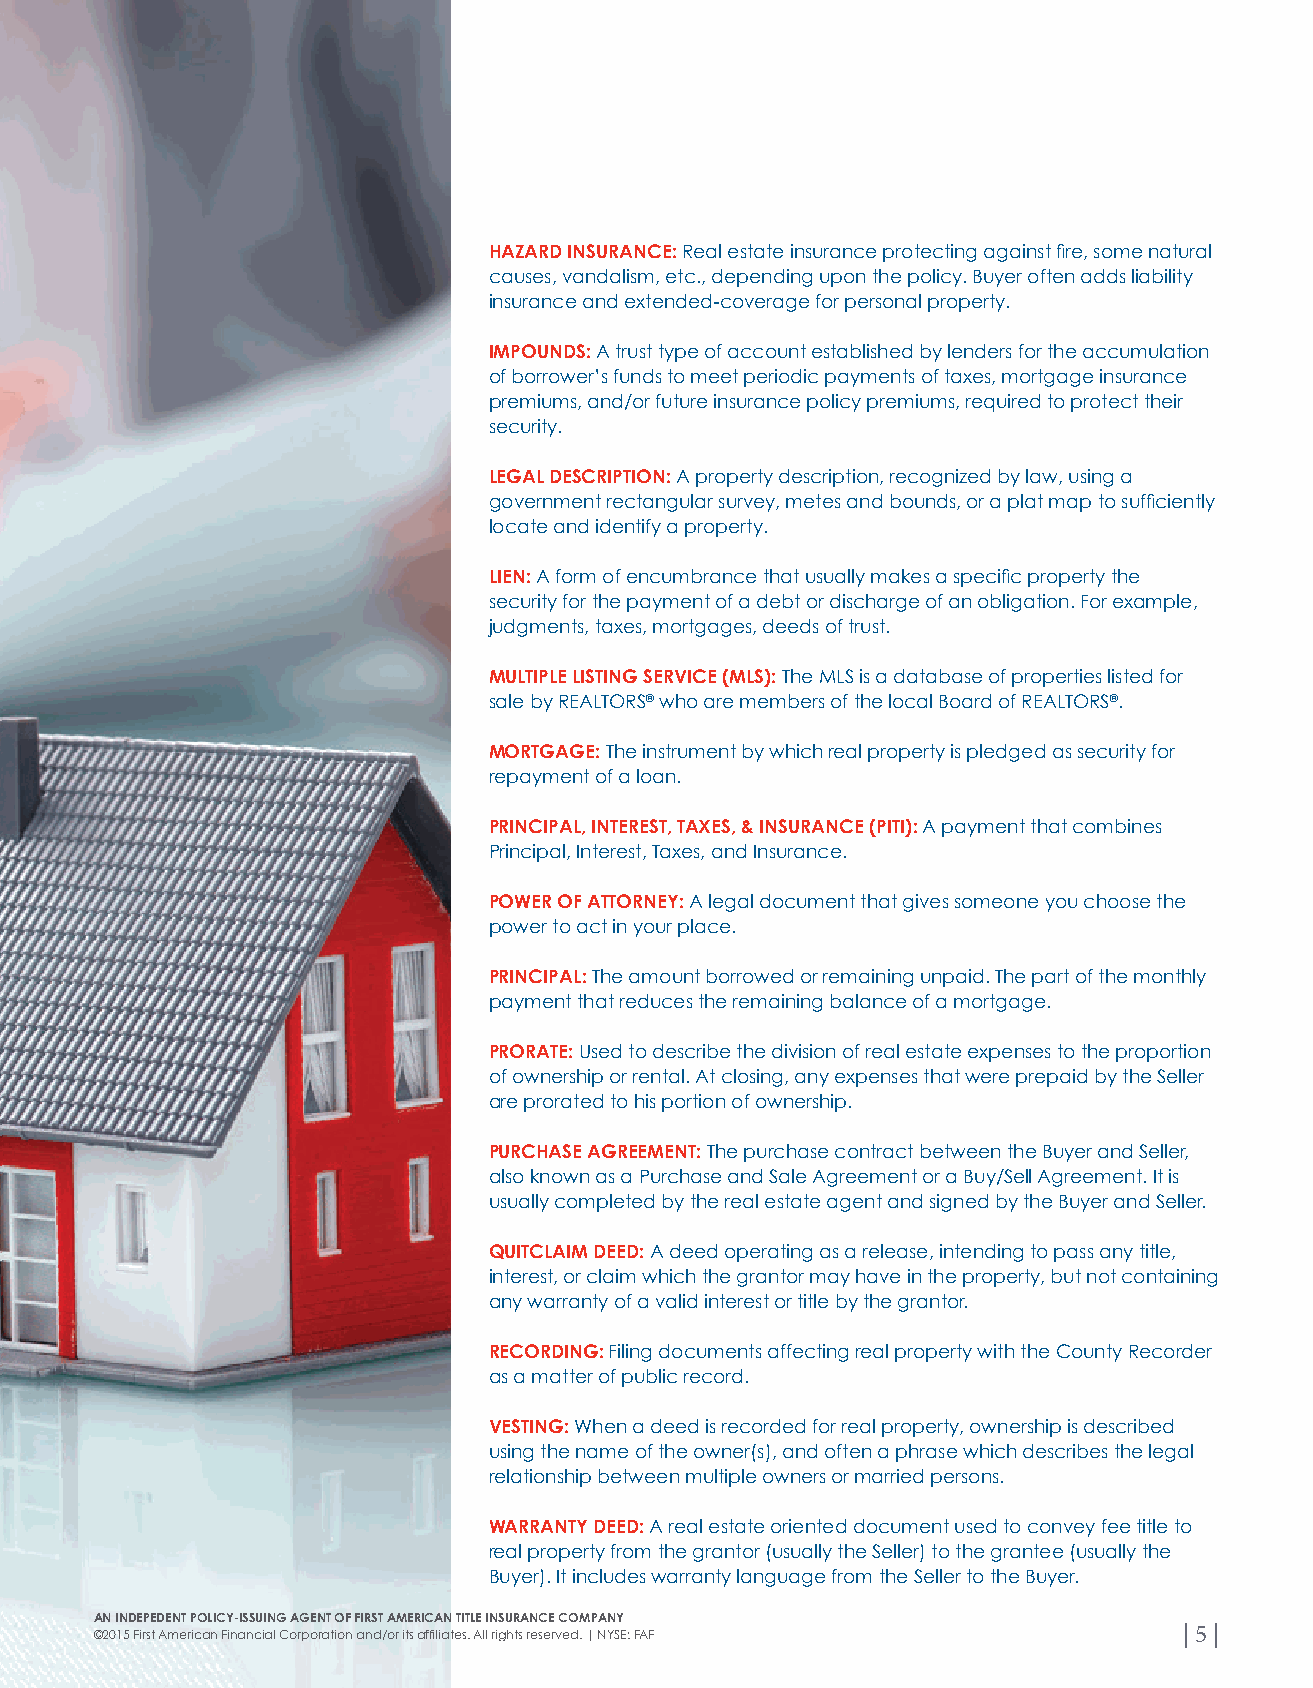
HAZARD INSURANCE: Real estate insurance protecting against fire, some natural
 causes, vandalism, etc., depending upon the policy. Buyer often adds liability
 insurance and extended-coverage for personal property.
 IMPOUNDS: A trust type of account established by lenders for the accumulation
 of borrower’s funds to meet periodic payments of taxes, mortgage insurance
 premiums, and/or future insurance policy premiums, required to protect their
 security.
 LEGAL DESCRIPTION: A property description, recognized by law, using a
 government rectangular survey, metes and bounds, or a plat map to sufficiently
 locate and identify a property.
 LIEN: A form of encumbrance that usually makes a specific property the
 security for the payment of a debt or discharge of an obligation. For example,
 judgments, taxes, mortgages, deeds of trust.
 MULTIPLE LISTING SERVICE (MLS): The MLS is a database of properties listed for
 sale by REALTORS® who are members of the local Board of REALTORS®.
 MORTGAGE: The instrument by which real property is pledged as security for
 repayment of a loan.
 PRINCIPAL, INTEREST, TAXES, & INSURANCE (PITI): A payment that combines
 Principal, Interest, Taxes, and Insurance.
 POWER OF ATTORNEY: A legal document that gives someone you choose the
 power to act in your place.
 PRINCIPAL: The amount borrowed or remaining unpaid. The part of the monthly
 payment that reduces the remaining balance of a mortgage.
 PRORATE: Used to describe the division of real estate expenses to the proportion
 of ownership or rental. At closing, any expenses that were prepaid by the Seller
 are prorated to his portion of ownership.
 PURCHASE AGREEMENT: The purchase contract between the Buyer and Seller,
 also known as a Purchase and Sale Agreement or a Buy/Sell Agreement. It is
 usually completed by the real estate agent and signed by the Buyer and Seller.
 QUITCLAIM DEED: A deed operating as a release, intending to pass any title,
 interest, or claim which the grantor may have in the property, but not containing
 any warranty of a valid interest or title by the grantor.
 RECORDING: Filing documents affecting real property with the County Recorder
 as a matter of public record.
 VESTING: When a deed is recorded for real property, ownership is described
 using the name of the owner(s), and often a phrase which describes the legal
 relationship between multiple owners or married persons.
 WARRANTY DEED: A real estate oriented document used to convey fee title to
 real property from the grantor (usually the Seller) to the grantee (usually the
 Buyer). It includes warranty language from the Seller to the Buyer.
 AN INDEPEDENT POLICY-ISSUING AGENT OF FIRST AMERICAN TITLE INSURANCE COMPANY
 ©2015 First American Financial Corporation and/or its affiliates. All rights reserved. | NYSE: FAF | 5 |